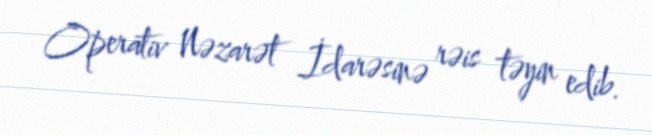
Operativ Nəzarət İdarəsinə rəis təyin edib.